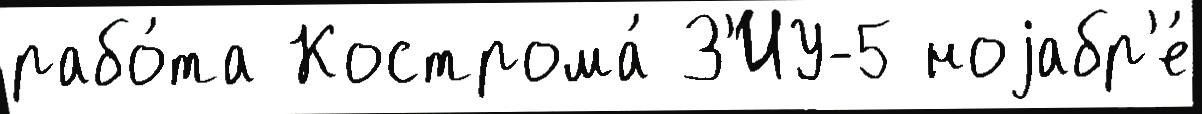
рабо́та Кострома́ З'ИУ-5 ноjабр'е́